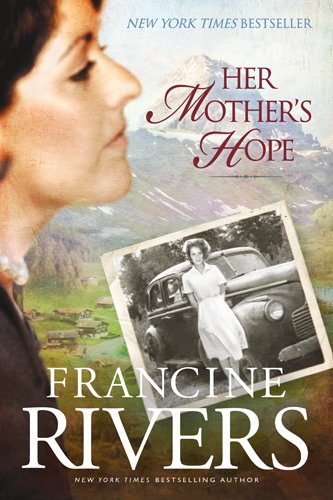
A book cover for Her Mother's Hope (Marta's Legacy); Francine Rivers; Literature & Fiction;